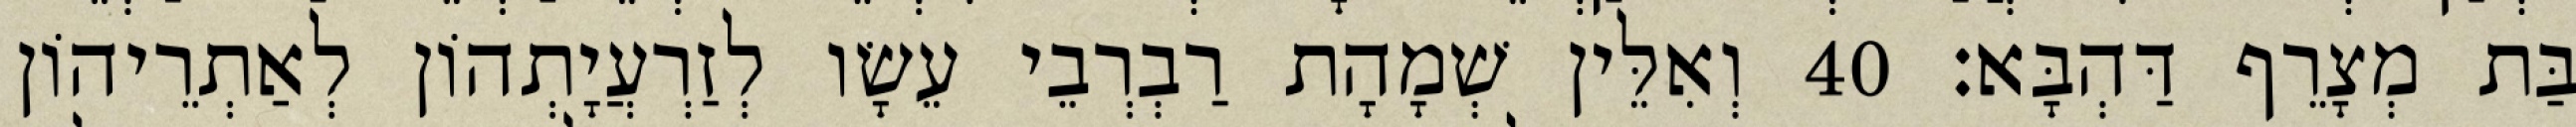
בַּת מְצָרֵף דַּהְבָּא׃ 40 וְאִלֵּין שְׁמָהָת רַבְרְבֵי עֵשָׂו לְזַרְעֲיָתְהוֹן לְאַתְרֵיהוֹן